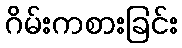
ဂိမ်းကစားခြင်း